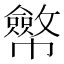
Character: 𢅸